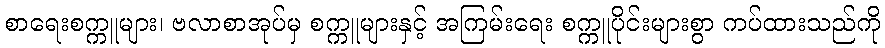
စာရေးစက္ကူများ၊ ဗလာစာအုပ်မှ စက္ကူများနှင့် အကြမ်းရေး စက္ကူပိုင်းများစွာ ကပ်ထားသည်ကို